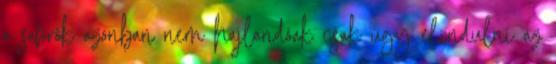
a sofőrök azonban nem hajlandóak csak úgy elindulni az